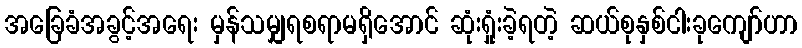
အခြေခံအခွင့်အရေး မှန်သမျှရစရာမရှိအောင် ဆုံးရှုံးခဲ့ရတဲ့ ဆယ်စုနှစ်ငါးခုကျော်ဟာ